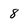
Character: 8